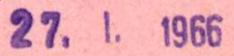
27.1.1966